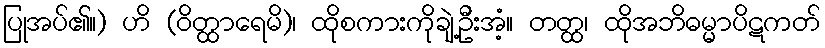
ပြုအပ်၏။) ဟိ (ဝိတ္ထာရေမိ)၊ ထိုစကားကိုချဲ့ဦးအံ့။ တတ္ထ၊ ထိုအဘိဓမ္မာပိဋကတ်